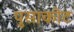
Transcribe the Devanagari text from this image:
पुसाकोट